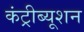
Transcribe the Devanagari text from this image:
कंट्रीब्यूशन